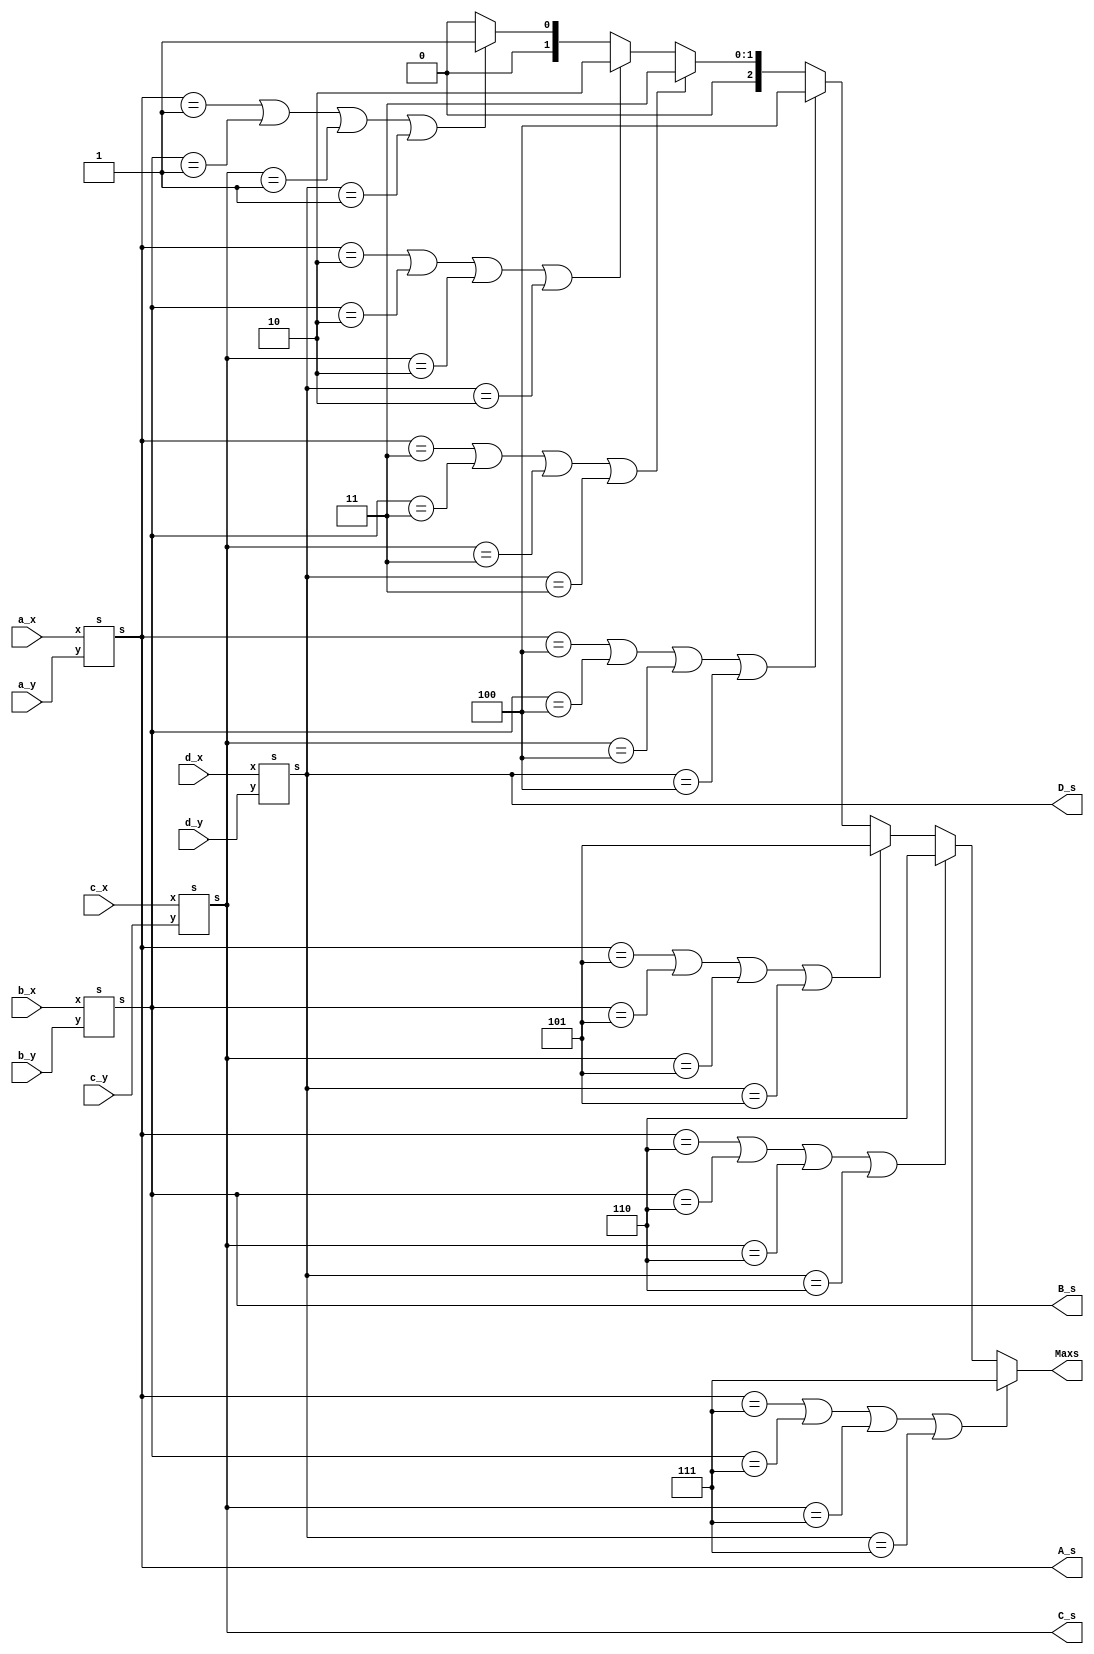
module HW3_Shoot_Darts(a_x,a_y,b_x,b_y,c_x,c_y,d_x,d_y,A_s,B_s,C_s,D_s,Maxs);
input [3:0]a_x,a_y,b_x,b_y,c_x,c_y,d_x,d_y;
output [2:0]A_s,B_s,C_s,D_s,Maxs;
reg [2:0]ma;
 s s1(a_x,a_y,A_s);
 s s2(b_x,b_y,B_s);
 s s3(c_x,c_y,C_s);
 s s4(d_x,d_y,D_s);
 // Finished
always@(*)
begin
 if(A_s==7||B_s==7||C_s==7||D_s==7)
  ma<=7;
 else if(A_s==6||B_s==6||C_s==6||D_s==6)
  ma<=6;
 else if(A_s==5||B_s==5||C_s==5||D_s==5)
  ma<=5;
 else if(A_s==4||B_s==4||C_s==4||D_s==4)
  ma<=4;
 else if(A_s==3||B_s==3||C_s==3||D_s==3)
  ma<=3;
 else if(A_s==2||B_s==2||C_s==2||D_s==2)
  ma<=2;
 else if(A_s==1||B_s==1||C_s==1||D_s==1)
  ma<=1;
 else 
  ma<=0;
end
assign Maxs=ma;
endmodule

module s(x,y,s);
input [3:0]x,y;
output [2:0]s;
reg[2:0]s;
always@(*)
begin
 if(y<10&&y>=0&&x>=0&&(y+2*x)<(16)&&(y+9)>(2*x))
  s=1;
 else if(y>10&&y<16&&x>=0&&(y+2*x)<(16))
  s=2;
 else if(y>10&&y<16&&((y+2*x)>(16))&&(y+9)>(2*x))
  s=3;
 else if(y>10&&y<16&&x<16&&(y+9)<(2*x))
  s=4;
 else if(y<10&&y>=0&&x<16&&(y+2*x)>(16)&&(y+9)<(2*x))
  s=5;
 else if((y>=0)&&((y+2*x)<(16))&&(y+9)<(2*x))
  s=6;
 else if((y<10)&&((y+2*x)>(16))&&(y+9)>(2*x))
  s=7;
 else 
  s=0;
end
endmodule